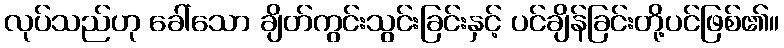
လုပ်သည်ဟု ခေါ်သော ချိတ်ကွင်းသွင်းခြင်းနှင့် ပင်ချိန်ခြင်းတို့ပင်ဖြစ်၏။